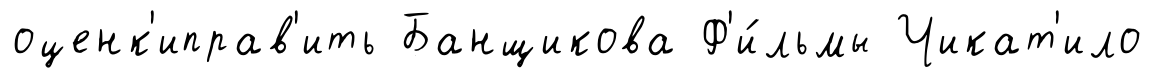
оценк'иправ'ить Банщикова Ф'и́льмы Чикат'ило